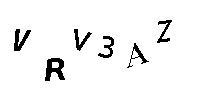
VRV3AZ